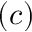
( c )